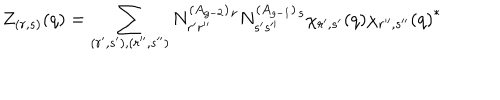
LaTeX: Z _ { ( r , s ) } ( q ) = \sum _ { ( r ^ { \prime } , s ^ { \prime } ) , ( r ^ { \prime \prime } , s ^ { \prime \prime } ) } N _ { r ^ { \prime } r ^ { \prime \prime } } ^ { ( A _ { g - 2 } ) } { } ^ { r } N _ { s ^ { \prime } s ^ { \prime \prime } } ^ { ( A _ { g - 1 } ) } { } ^ { s } \chi _ { r ^ { \prime } , s ^ { \prime } } ( q ) { \chi _ { r ^ { \prime \prime } , s ^ { \prime \prime } } ( q ) } ^ { * }